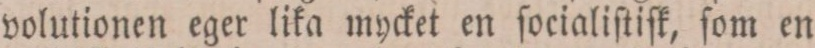
volutionen eger lika mycket en ſocialiſtiſk, ſom en